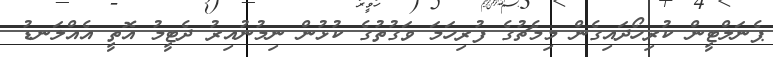
ޕެނަލްޓީން ކުރިހޯދައިގެން މިމެޗުގެ ފުރިހަމަ ވަގުތުގެ ކުޅުން ނިމުނުއިރު ދެޓީމު އޮތީ އެއްލަނޑު